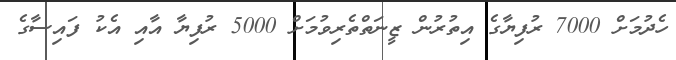
ހެދުމަށް 7000 ރުފިޔާގެ އިތުރުން ޒީނަތްތެރިވުމަށް 5000 ރުފިޔާ އާއި އެކު ފައިސާގެ